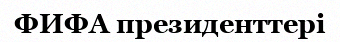
ФИФА президенттері